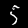
Digit: 5